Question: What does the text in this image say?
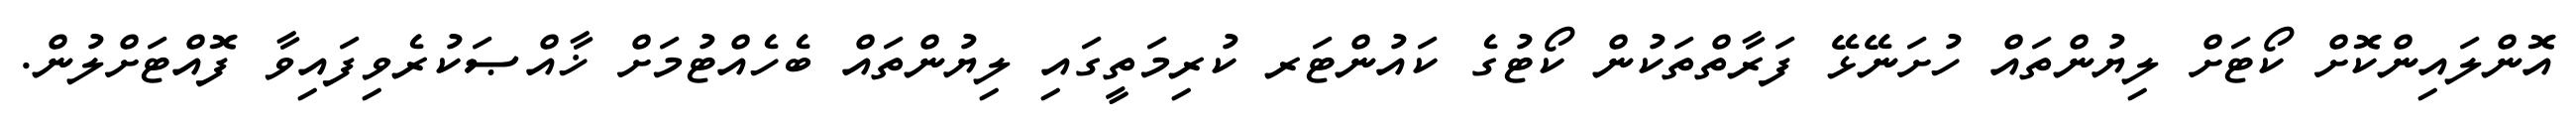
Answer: އޮންލައިންކޮށް ކޯޓަށް ލިޔުންތައް ހުށަނޭޅޭ ފަރާތްތަކުން ކޯޓުގެ ކައުންޓަރ ކުރިމަތީގައި ލިޔުންތައް ބެހެއްޓުމަށް ޚާއްޞަކުރެވިފައިވާ ފޮއްޓަށްލުން.